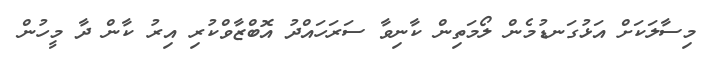
މިސާލަކަށް އަޅުގަނޑުމެން ލޯމަތިން ކާނިވާ ސަރަހައްދު އޮބްޒާވްކުރި އިރު ކާން ދާ މީހުން